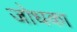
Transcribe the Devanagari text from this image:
जोधका